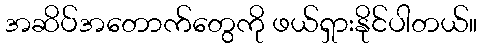
အဆိပ်အတောက်တွေကို ဖယ်ရှားနိုင်ပါတယ်။